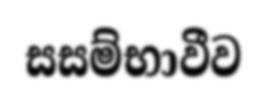
සසම්භාවීව